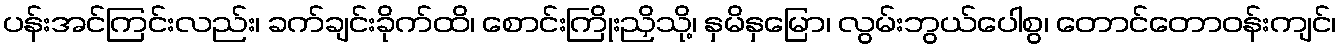
ပန်းအင်ကြင်းလည်း၊ ခက်ချင်းခိုက်ထိ၊ စောင်းကြိုးညှိသို့၊ နှမိနှမြော၊ လွမ်းဘွယ်ပေါစွ၊ တောင်တောဝန်းကျင်၊